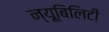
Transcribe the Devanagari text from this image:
न्यूबिलिटी